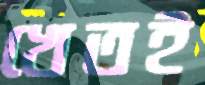
খেতই